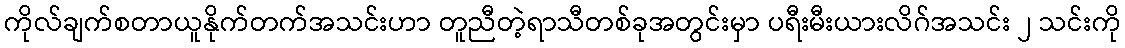
ကိုလ်ချက်စတာယူနိုက်တက်အသင်းဟာ တူညီတဲ့ရာသီတစ်ခုအတွင်းမှာ ပရီးမီးယားလိဂ်အသင်း ၂ သင်းကို